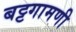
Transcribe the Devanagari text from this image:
बट्टगामणी